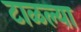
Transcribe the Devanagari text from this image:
टाळल्या